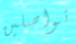
تواصلين